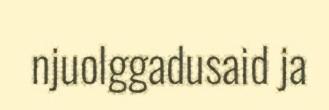
njuolggadusaid ja